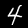
Digit: 4